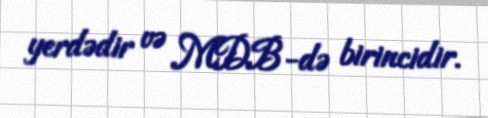
yerdədir və MDB-də birincidir.